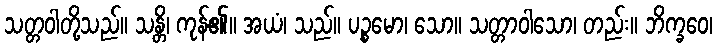
သတ္တဝါတို့သည်။ သန္တိ၊ ကုန်၏။ အယံ၊ သည်။ ပဉ္စမော၊ သော။ သတ္တာဝါသော၊ တည်း။ ဘိက္ခဝေ၊